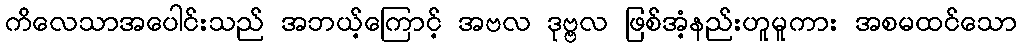
ကိလေသာအပေါင်းသည် အဘယ့်ကြောင့် အဗလ ဒုဗ္ဗလ ဖြစ်အံ့နည်းဟူမူကား အစမထင်သော